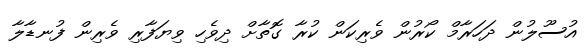
އުސޫލުން ދަހަރާމް ކޯރުން ވެރިކަން ކުރާ ގޮތާށް ދިވެހި ވިޔަފާރި ވެރިން ފުނޑާލާ